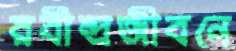
রবীন্দ্রজীবনে